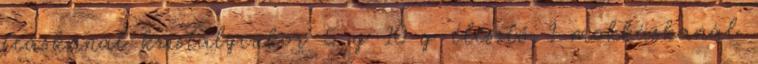
teáskanál kristálycukor 5 g 10 g élesztő 1 mokkáskanál